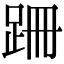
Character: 跚